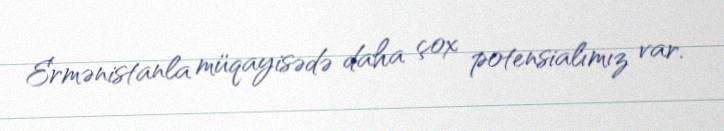
Ermənistanla müqayisədə daha çox potensialımız var.